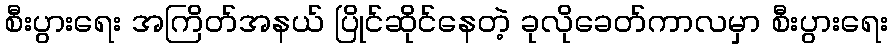
စီးပွားရေး အကြိတ်အနယ် ပြိုင်ဆိုင်နေတဲ့ ခုလိုခေတ်ကာလမှာ စီးပွားရေး